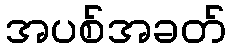
အပစ်အခတ်